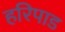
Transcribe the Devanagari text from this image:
हरिपाड